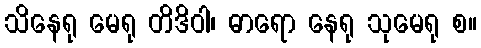
သိနေရု မေရု တိဒိဝါ၊ ဓာရော နေရု သုမေရု စ။